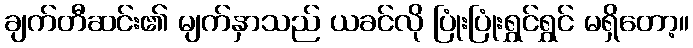
ချက်တီဆင်း၏ မျက်နှာသည် ယခင်လို ပြုံးပြုံးရွှင်ရွှင် မရှိတော့။